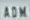
ADM